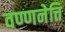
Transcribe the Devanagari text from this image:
वण्णनेत्ति